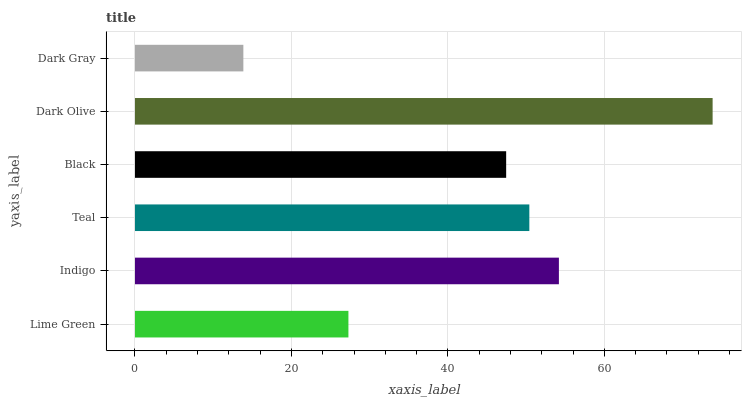
| yaxis_label | bars |
 | --- | --- |
 | Lime Green | 27.3 |
 | Indigo | 54.2 |
 | Teal | 50.4 |
 | Black | 47.4 |
 | Dark Olive | 73.8 |
 | Dark Gray | 13.9 |